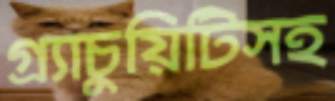
গ্র্যাচুয়িটিসহ